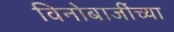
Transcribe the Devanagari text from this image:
विनोबाजींच्या